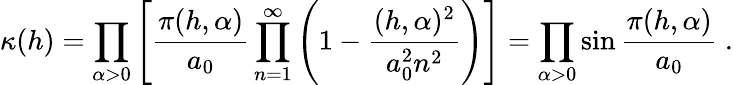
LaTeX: \kappa(h)=\prod_{\alpha>0}\left[\frac{\pi(h,\alpha)}{a_{0}}\prod_{n=1}^{\infty}\left(1-\frac{(h,\alpha)^{2}}{a_{0}^{2}n^{2}}\right)\right]=\prod_{\alpha>0}\sin\frac{\pi(h,\alpha)}{a_{0}}\ .